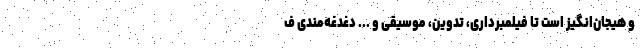
و هیجان‌انگیز است تا فیلمبرداری، تدوین، موسیقی و ... دغدغه‌مندی ف